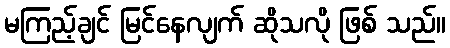
မကြည့်ချင် မြင်နေလျက် ဆိုသလို ဖြစ် သည်။